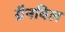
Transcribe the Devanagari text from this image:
ग्रैनविल